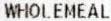
WHOLEMEAL